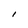
Character: I